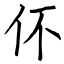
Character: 伓